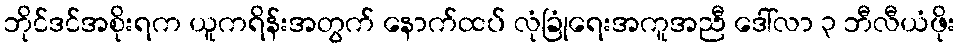
ဘိုင်ဒင်အစိုးရက ယူကရိန်းအတွက် နောက်ထပ် လုံခြုံရေးအကူအညီ ဒေါ်လာ ၃ ဘီလီယံဖိုး